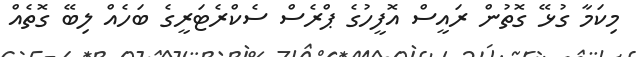
މިކަމާ ގުޅޭ ގޮތުން ރައީސް އޮފީހުގެ ޕްރެސް ސެކްރެޓަރީގެ ބަހެއް ލިބޭ ގޮތެއް